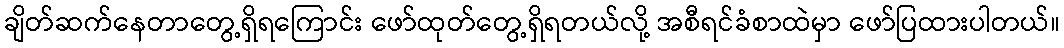
ချိတ်ဆက်နေတာတွေ့ရှိရကြောင်း ဖော်ထုတ်တွေ့ရှိရတယ်လို့ အစီရင်ခံစာထဲမှာ ဖော်ပြထားပါတယ်။